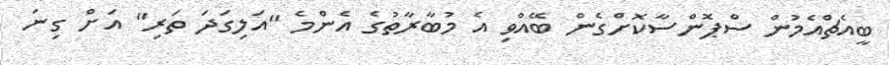
ބީއެޗްއެމުން ސްޕޮންސާކޮށްގެން ބޭއްވި އެ މުބާރާތުގެ އެންމެ "އަލިގަދަ ތަރި" އަށް ގިނަ